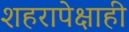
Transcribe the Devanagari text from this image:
शहरापेक्षाही